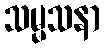
သမ္မသနာ